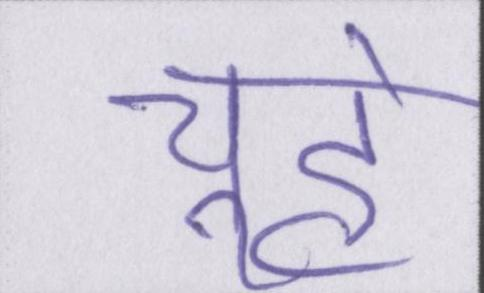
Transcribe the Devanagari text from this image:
चूहे